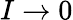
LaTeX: I\to 0